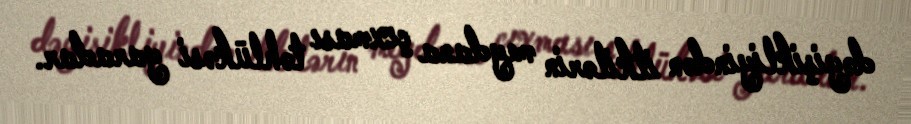
dəyişikliyindən itkilərin meydana çıxması təhlükəsi yaradar.